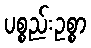
ပစ္စည်းဥစ္စာ